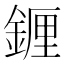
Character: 𬫭